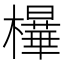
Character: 𰘿